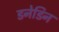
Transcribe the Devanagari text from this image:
डनेडिन